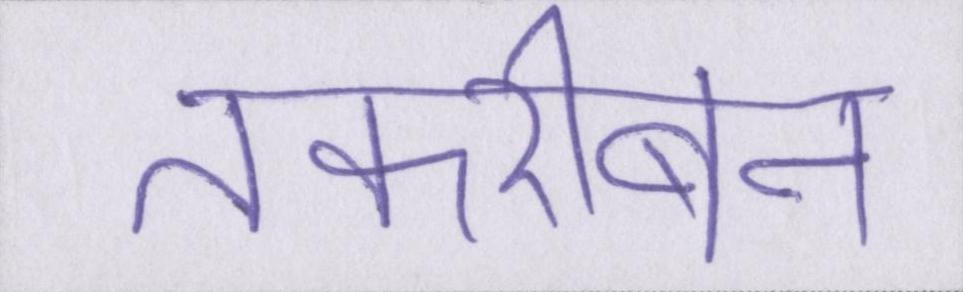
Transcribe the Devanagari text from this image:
तकरीबन